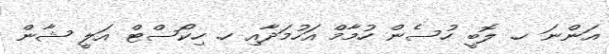
އަންނަ ހ. ލޮބީ ހުސެން ހުމާމް އަހުމަދާއި ހ. ހިކޯސްޓް އަލީ ޝާން